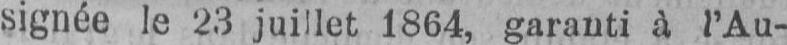
signée le 23 juillet 1864, garauti à l’Au-